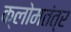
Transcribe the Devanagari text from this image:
क्लोमतंत्र